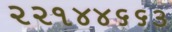
૨૨૧૪૪૬૬૩